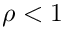
\rho < 1